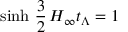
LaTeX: \mathrm { s i n h } \ \frac { 3 } { 2 } \, H _ { \infty } t _ { \Lambda } = 1